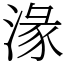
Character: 湪